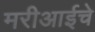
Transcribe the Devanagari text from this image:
मरीआईचे